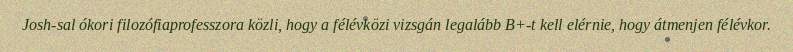
Josh-sal ókori filozófiaprofesszora közli, hogy a félévközi vizsgán legalább B+-t kell elérnie, hogy átmenjen félévkor.